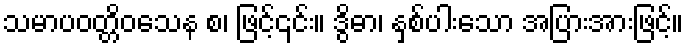
သမာပဝတ္တိဝသေန စ၊ ဖြင့်၎င်း။ ဒွိဓာ၊ နှစ်ပါးသော အပြားအားဖြင့်။